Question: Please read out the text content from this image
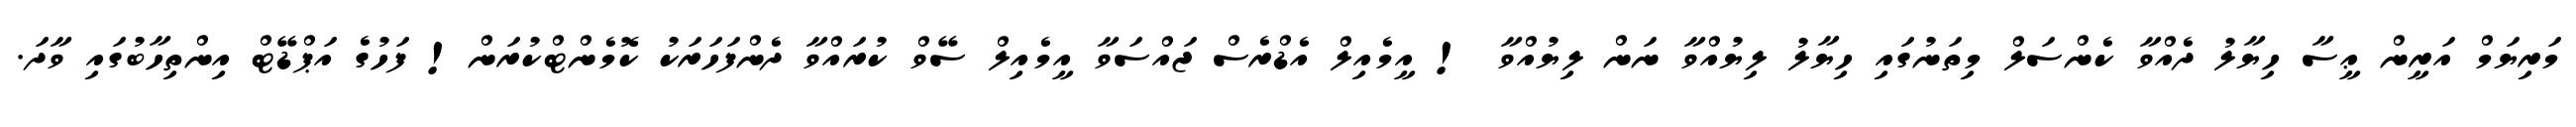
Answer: މަރިޔަމް އަރީން ޢީސާ ހިޔާލު ދެއްވާ ކެންސަލް މިތަނުގައި ހިޔާލު ލިޔުއްވާ ނަން ލިޔުއްވާ ! އީމެއިލް އެޑްރެސް ޖައްސަވާ އީމެއިލް ސޭވް ކުރައްވާ ދެންފަހަރަކު ކޮމެންޓްކުރަން! ފަހުގެ އަޕްޑޭޓް އިންތިހާބުގައި ވާދަ.